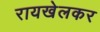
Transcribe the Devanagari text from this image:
रायखेलकर